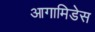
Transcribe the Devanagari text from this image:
आगामिडेस